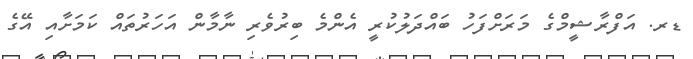
ޑރ. އަފްރާޝީމްގެ މަރަށްފަހު ބައްދަލުކުރީ އެންމެ ބިރުވެރި ނާމާން އަހަރުތައް ކަމަށާއި އޭގެ